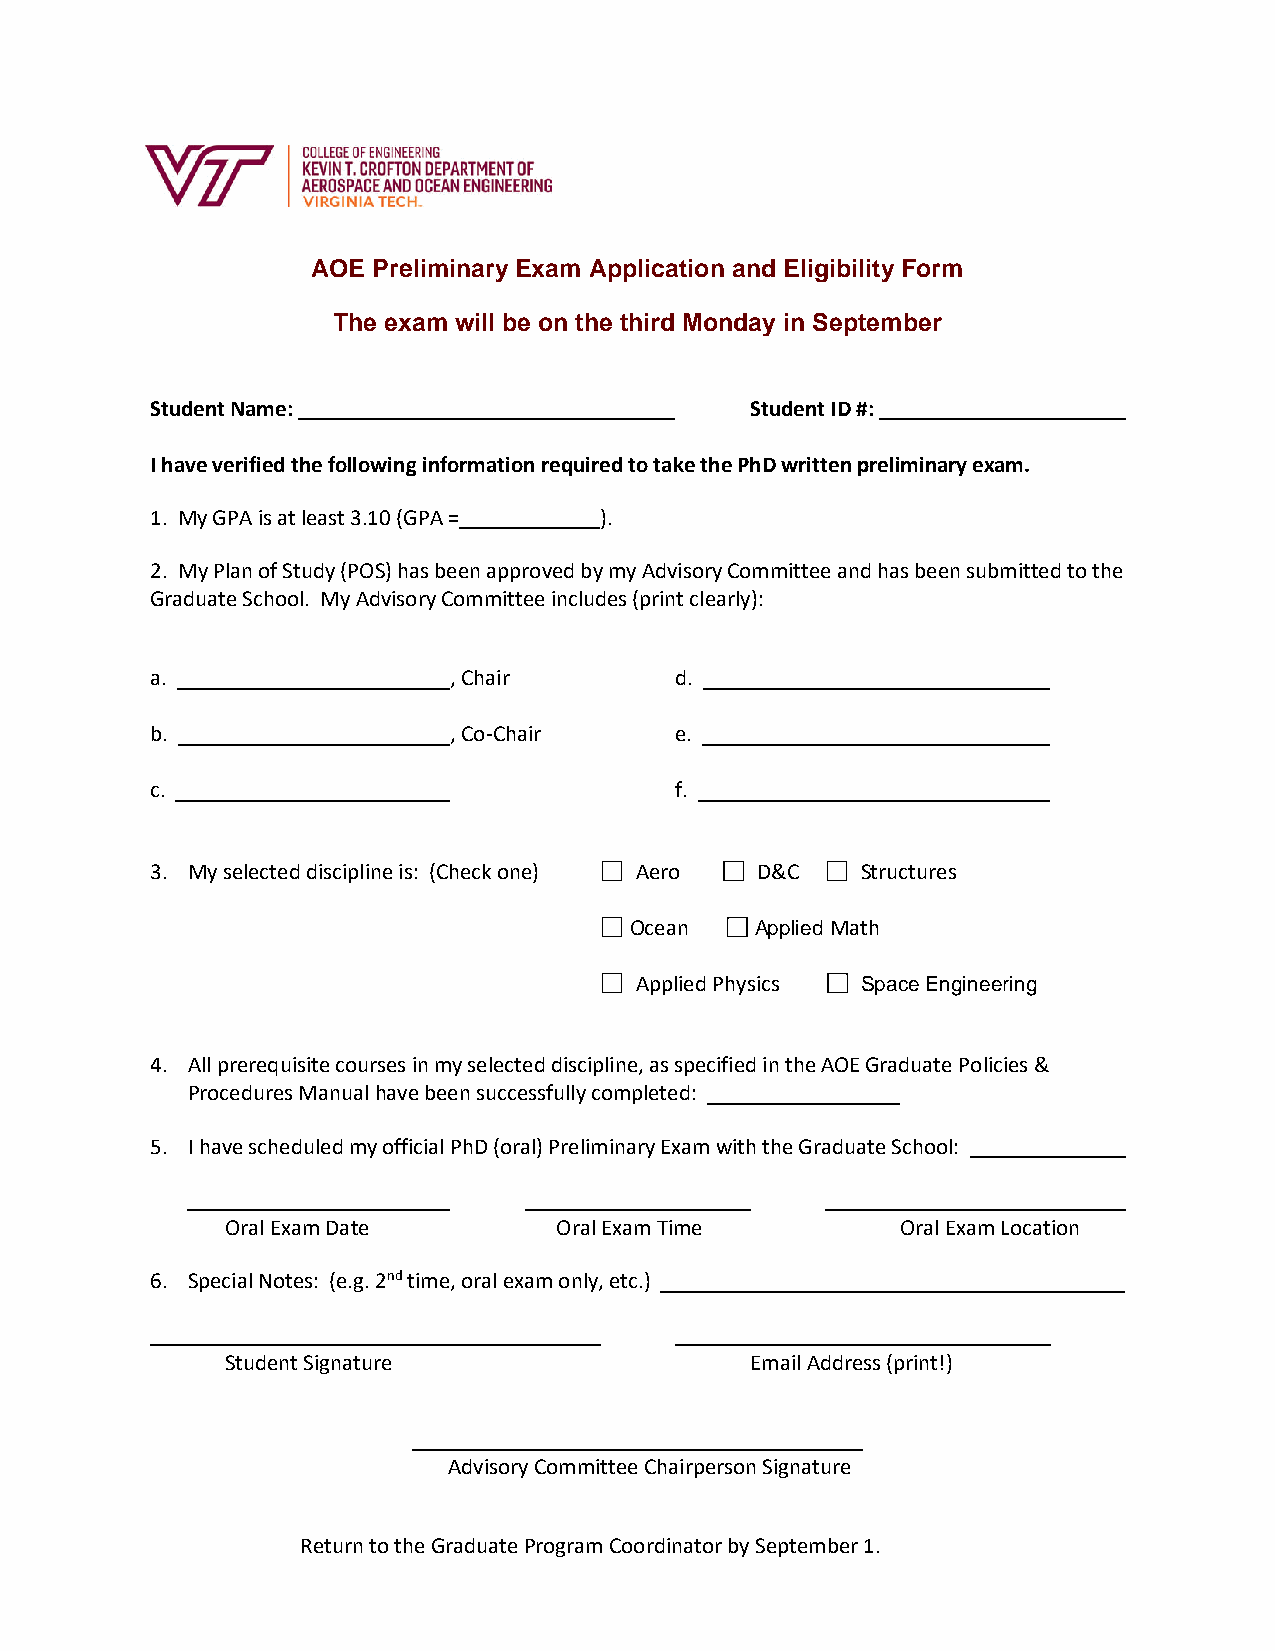
AOE Preliminary Exam Application and Eligibility Form
 The exam will be on the third Monday in September
 Student Name:                           Student ID #:
 I have verified the following information required to take the PhD written preliminary exam.
 1. My GPA is at least 3.10 (GPA = ).
 2. My Plan of Study (POS) has been approved by my Advisory Committee and has been submitted to the
 Graduate School. My Advisory Committee includes (print clearly):
 a.                  , Chair        d.
 b.                  , Co-Chair     e.
 c.                                 f.
 3. My selected discipline is: (Check one) Aero D&C Structures
 Ocean   Applied Math
 Applied Physics Space Engineering
 4. All prerequisite courses in my selected discipline, as specified in the AOE Graduate Policies &
 Procedures Manual have been successfully completed:
 5. I have scheduled my official PhD (oral) Preliminary Exam with the Graduate School:
 Oral Exam Date        Oral Exam Time         Oral Exam Location
 6. Special Notes: (e.g. 2nd time, oral exam only, etc.)
 Student Signature                  Email Address (print!)
 Advisory Committee Chairperson Signature
 Return to the Graduate Program Coordinator by September 1.